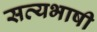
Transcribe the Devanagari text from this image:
सत्यभाषी